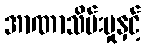
အာဏာသိမ်းမှုနှင့်